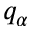
q _ { \alpha }